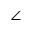
\angle